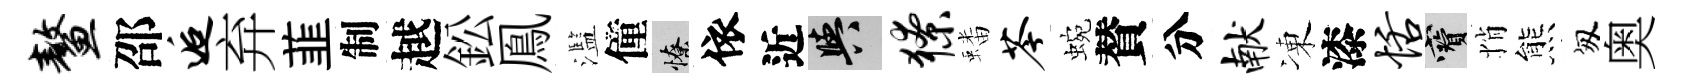
鳌邵逅弃韮制越鈆鳯濫僮憭依近阳獠蟠苓蜿賛分献凍漆恬寶悄熊匆奥